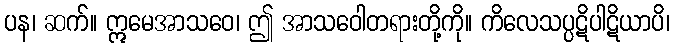
ပန၊ ဆက်။ ဣမေအာသဝေ၊ ဤ အာသဝေါတရားတို့ကို။ ကိလေသပ္ပဋိပါဋိယာပိ၊